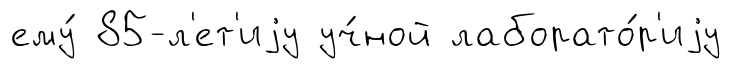
ему́ 85-л'ет'иjу уч́ной лаборато́р'иjу